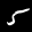
Label: 5